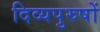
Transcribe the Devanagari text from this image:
दिव्यपुरुषों